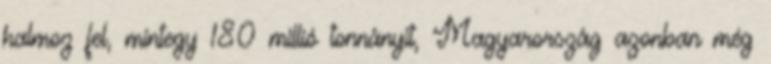
halmoz fel, mintegy 180 millió tonnányit, Magyarország azonban még